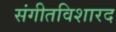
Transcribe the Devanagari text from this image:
संगीतविशारद